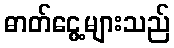
ဓာတ်ငွေ့များသည်